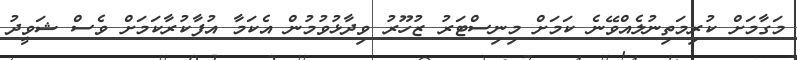
މަގާމަށް ކުރިމަތިނުލެއްވޭނެ ކަމަށް މިނިސްޓަރު ޒުހޫރު ވިދާޅުވުމުން އެކަމާ އުފާކުރާކަމަށް ވެސް ޝަވީދު